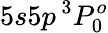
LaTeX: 5s5p\, ^{3}P_{0}^{o}